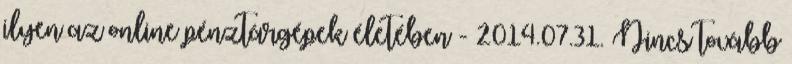
ilyen az online pénztárgépek életében - 2014.07.31. Nincs tovább